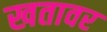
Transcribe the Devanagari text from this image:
खतावर